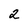
Character: 2